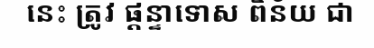
នេះ ត្រូវ ផ្តន្ទាទោស ពិន័យ ជា